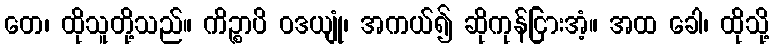
တေ၊ ထိုသူတို့သည်။ ကိဉ္စာပိ ဝဒယျုံ၊ အကယ်၍ ဆိုကုန်ငြားအံ့။ အထ ခေါ၊ ထိုသို့